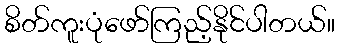
စိတ်ကူးပုံဖော်ကြည့်နိုင်ပါတယ်။